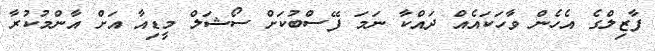
ފާޒިލްގެ އެހެން ވާހަކައެއް ދައްކާ ނަމަ ފޭސްބުކަށް ސޯޝަލް މީޑިއާ އަށް އާންމުކުރާ